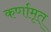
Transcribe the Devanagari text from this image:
कर्णामृत्